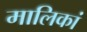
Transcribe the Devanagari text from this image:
मालिकां